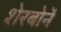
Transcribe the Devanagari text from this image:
शेरबोर्ने